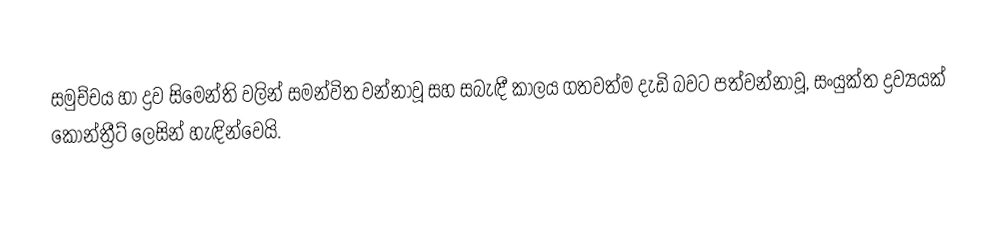
සමුච්චය හා ද්‍රව සිමෙන්ති වලින් සමන්විත වන්නාවූ සහ සබැඳී  කාලය ගතවත්ම දැඩි බවට පත්වන්නාවූ, සංයුක්ත ද්‍රව්‍යයක් කොන්ත්‍රීට් ලෙසින් හැඳින්වෙයි.